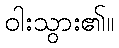
ဝါးသွား၏။